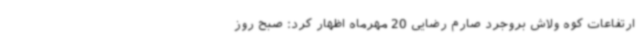
ارتفاعات کوه ولاش بروجرد صارم رضایی 20 مهرماه اظهار کرد: صبح روز